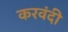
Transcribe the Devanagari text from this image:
करवंदी